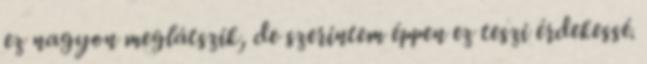
ez nagyon meglátszik, de szerintem éppen ez teszi érdekessé.